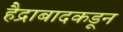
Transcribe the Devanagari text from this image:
हैद्राबादकडून